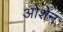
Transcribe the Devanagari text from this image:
ओशेन